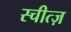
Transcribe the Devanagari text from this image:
स्चीत्ज़